Vaccine operations Central Provinces & Berar 1922-1929 - 1922-1929
Year: 1922
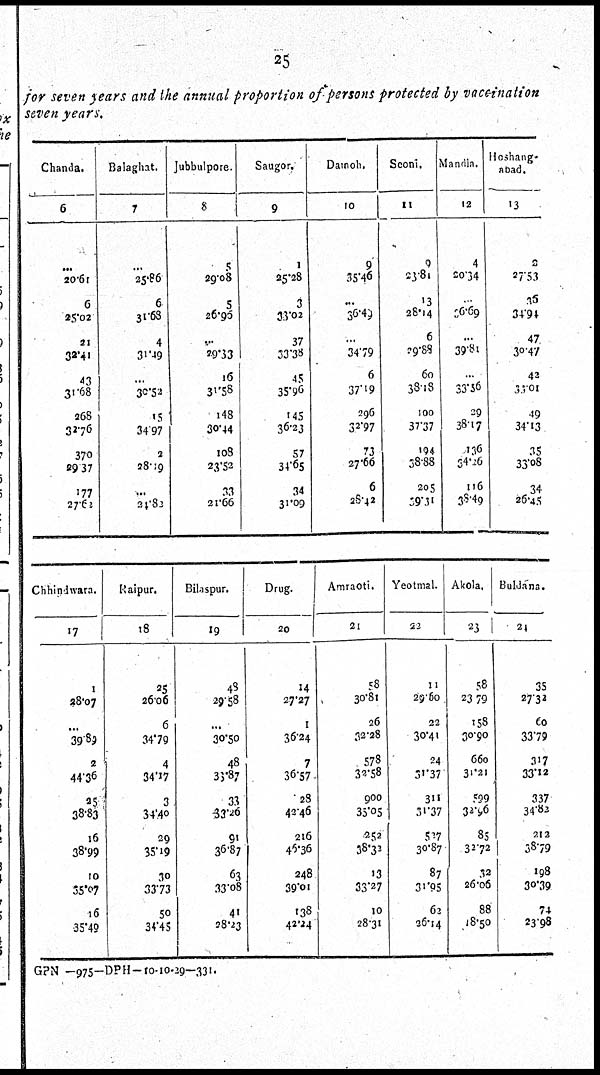
25
for seven years and the annual proportion of persons protected by vaccination
seven years.
Chanda.
6
...
20.61
6
25.02
21
32.41
43
31.68
268
32.76
370
29.37
177
27.62
Balaghat.
7
...
25.86
6
31.68
4
31.49
...
30.52
15
34.97
2
28.19
...
24.82
Jubbulpore.
8
5
29.08
5
26.96
...
29.33
16
31.58
148
30.44
108
23.52
33
21.66
Saugor.
9
1
25.28
3
33.02
37
33.38
45
35.96
145
36.23
57
34.65
34
31.09
Damoh.
10
9
35.46
...
36.49
...
34.79
6
37.19
296
32.97
73
27.66
6
28.42
Seoni.
11
9
23.81
13
28.14
6
29.88
60
38.18
100
37.37
194
38.88
205
59.31
Mandla.
12
4
20.34
...
36.69
...
39.81
...
33.56
29
38.17
136
34.26
116
38.49
Hoshang¬
abad.
13
2
27.53
36
34.94
47
30.47
42
33.01
49
34.13
35
33.08
34
26.45
Chhindwara.
17
1
28.07
...
39.89
2
44.36
25
38.83
16
38.99
10
35.07
16
35.49
Raipur.
18
25
26.06
6
34.79
4
34.17
3
34.40
29
35.19
30
33.73
50
34.45
Bilaspur.
19
48
29.58
...
30.50
48
33.87
33
33.26
91
36.87
63
33.08
41
28.23
Drug.
20
14
27.27
1
36.24
7
36.57
28
42.46
216
46.36
248
39.01
138
42.24
Amraoti.
21
58
30.81
26
32.28
578
32.58
900
35.05
252
38.32
13
33.27
10
28.31
Yeotmal.
22
11
29.60
22
30.41
24
31.37
311
31.37
527
30.87
87
31.95
62
36.14
Akola.
23
58
23.79
158
30.90
660
31.21
599
32.96
85
32.72
32
26.06
88
18.50
Buldana.
24
35
27.32
60
33.79
317
33.12
337
34.82
212
38.79
198
30.39
74
23.98
GPN—975—DPH—10-10-29—331.